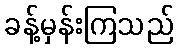
ခန့်မှန်းကြသည်